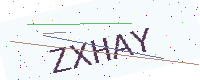
Text: ZXHAY